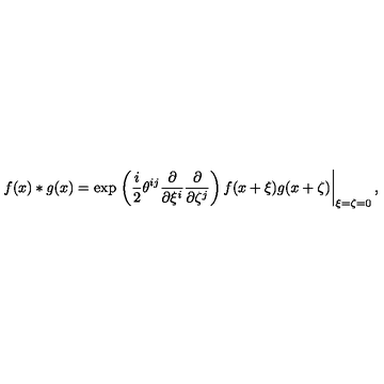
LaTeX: f ( x ) \ast g ( x ) = \exp \left. \left( \frac { i } { 2 } \theta ^ { i j } \frac { \partial } { \partial \xi ^ { i } } \frac { \partial } { \partial \zeta ^ { j } } \right) f ( x + \xi ) g ( x + \zeta ) \right| _ { \xi = \zeta = 0 } ,